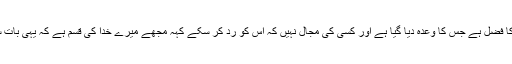
یہ خد اکا فضل ہے جس کا وعدہ دیا گیا ہے اور کسی کی مجال نہیں کہ اس کو رد کر سکے کہہ مجھے میرے خدا کی قسم ہے کہ یہی بات سچ ہے۔